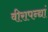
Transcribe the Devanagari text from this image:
वीरापन्द्यां